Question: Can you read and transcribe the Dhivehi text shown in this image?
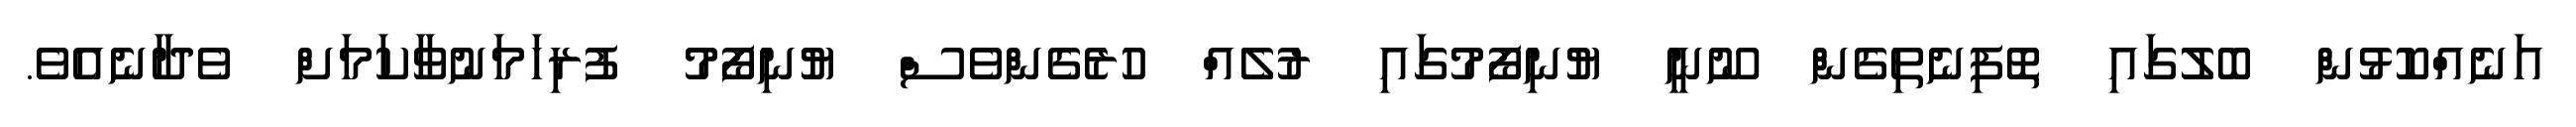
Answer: އަނެއްކޮޅުން ބޮލުގައި ތޮފިނެތިގެން ނޫނީ ޔުނިފޯމުގައި ރުލެއް ހުރެގެންވެސް ޔުނިފޯމު ފުރިހަމަނުވާކަމަށް ވެދާނެއެވެ.